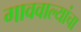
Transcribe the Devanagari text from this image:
गाववाल्यांचा